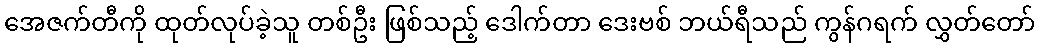
အေဇက်တီကို ထုတ်လုပ်ခဲ့သူ တစ်ဦး ဖြစ်သည့် ဒေါက်တာ ဒေးဗစ် ဘယ်ရီသည် ကွန်ဂရက် လွှတ်တော်